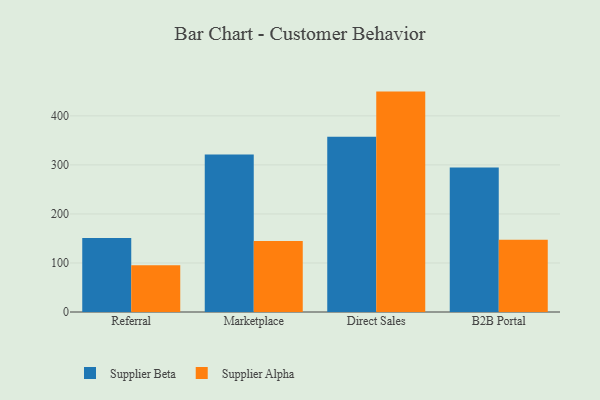
{"axis": {"x": "Channel", "y": "Conversion Rate (%)"}, "legend": ["Supplier Alpha", "Supplier Beta"], "data": [{"x": "Referral", "y": 150.8, "type": "Supplier Beta"}, {"x": "Referral", "y": 95.5, "type": "Supplier Alpha"}, {"x": "Marketplace", "y": 321.0, "type": "Supplier Beta"}, {"x": "Marketplace", "y": 144.9, "type": "Supplier Alpha"}, {"x": "Direct Sales", "y": 357.2, "type": "Supplier Beta"}, {"x": "Direct Sales", "y": 449.5, "type": "Supplier Alpha"}, {"x": "B2B Portal", "y": 294.6, "type": "Supplier Beta"}, {"x": "B2B Portal", "y": 147.2, "type": "Supplier Alpha"}]}